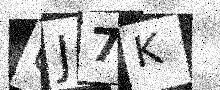
Text: UJ7K